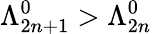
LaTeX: \Lambda_{2n+1}^{0}>\Lambda_{2n}^{0}